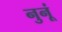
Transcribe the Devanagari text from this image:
नुनूं